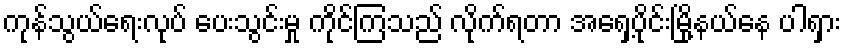
ကုန်သွယ်ရေးလုပ် ပေးသွင်းမှု ကိုင်ကြသည် လိုက်ရတာ အရှေ့ပိုင်းမြို့နယ်နေ ပါရှား